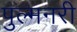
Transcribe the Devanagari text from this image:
पुल्मनरी